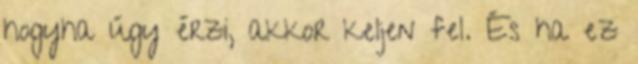
hogyha úgy érzi, akkor keljen fel. És ha ez